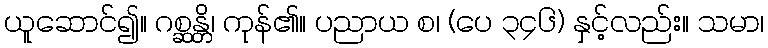
ယူဆောင်၍။ ဂစ္ဆန္တိ၊ ကုန်၏။ ပညာယ စ၊ (ပေ ၃၄၆) နှင့်လည်း။ သမာ၊